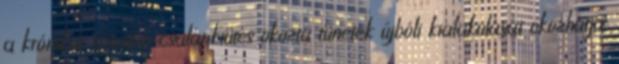
a krónikus spontán csalánkiütés okozta tünetek újbóli kialakulását okozhatja.